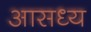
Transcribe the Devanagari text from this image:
आसध्य